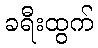
ခရီးထွက်